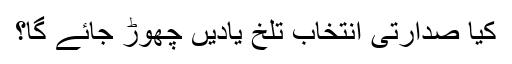
کیا صدارتی انتخاب تلخ یادیں چھوڑ جائے گا؟